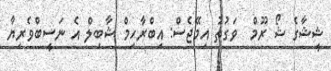
ޝީޝާގެ ޝޯ ރޫމް  ވަގުތު އިމޭޖެސް: އިބްރާހިމް ޝާބިލް އެ ނަސީބްވެެރިޔާ